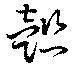
懿